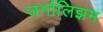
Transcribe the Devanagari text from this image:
जर्नालिझम